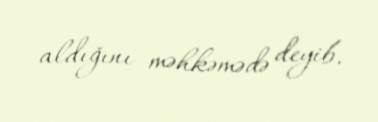
aldığını məhkəmədə deyib.